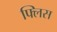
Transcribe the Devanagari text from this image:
फ्लिस